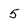
Character: 5